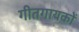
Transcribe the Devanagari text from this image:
गीतगायकों